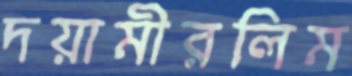
দয়ামীরলিম